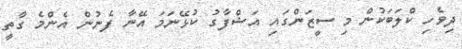
ދިވެހި ކްލަބަކުން މި ސީޒަންގައި އަޝްފާގު ކުޅޭނަމަ އޭނާ ފެނުން އެންމެ ގާތީ